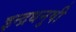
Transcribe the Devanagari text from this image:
इन्‍द्रधनुषी